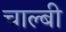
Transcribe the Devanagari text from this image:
चाल्बी